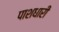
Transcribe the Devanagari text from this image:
पाशधारी